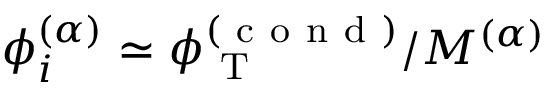
\phi _ { i } ^ { ( \alpha ) } \simeq \phi _ { \mathrm { ~ T ~ } } ^ { ( \mathrm { ~ c ~ o ~ n ~ d ~ } ) } / M ^ { ( \alpha ) }